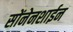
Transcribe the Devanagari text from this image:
सोंनेनशाईन